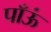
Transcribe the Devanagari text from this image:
पाँऊं